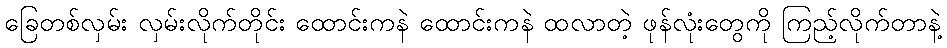
ခြေတစ်လှမ်း လှမ်းလိုက်တိုင်း ထောင်းကနဲ ထောင်းကနဲ ထလာတဲ့ ဖုန်လုံးတွေကို ကြည့်လိုက်တာနဲ့